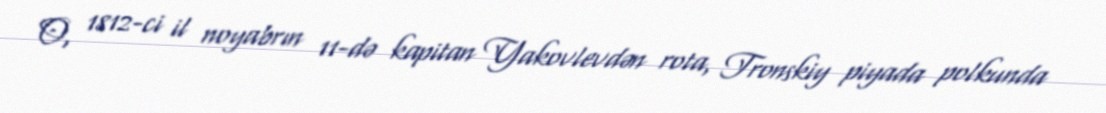
O, 1812-ci il noyabrın 11-də kapitan Yakovlevdən rota, Tronskiy piyada polkunda